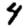
Digit: 4